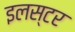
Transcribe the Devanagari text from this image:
इलस्टर